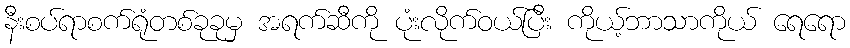
နီးစပ်ရာစက်ရုံတစ်ခုခုမှ အရက်ဆီကို ပုံးလိုက်ဝယ်ပြီး ကိုယ့်ဘာသာကိုယ် ရေရော